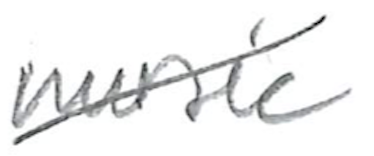
Text: music
Cross-out: diagonal
Writing tool: pencil